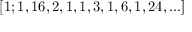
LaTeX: [ 1 ; 1 , 1 6 , 2 , 1 , 1 , 3 , 1 , 6 , 1 , 2 4 , . . . ]